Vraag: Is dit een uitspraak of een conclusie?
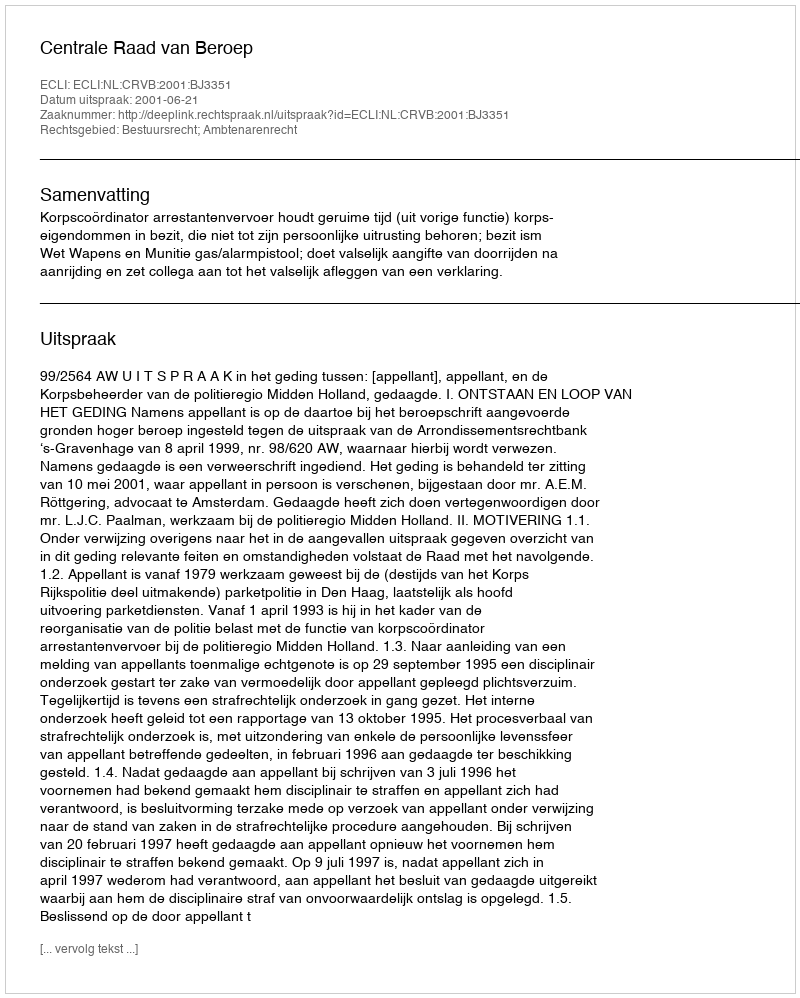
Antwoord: Uitspraak